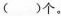
( )$$个。